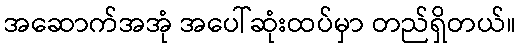
အဆောက်အအုံ အပေါ်ဆုံးထပ်မှာ တည်ရှိတယ်။